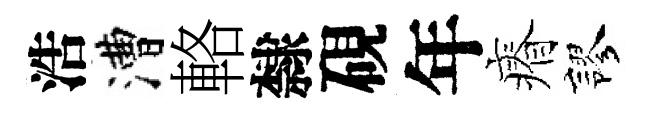
浩漕輅隸硯年瘠謬